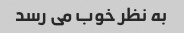
به نظر خوب می رسد